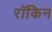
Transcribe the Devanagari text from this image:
रॉकिन